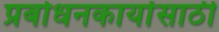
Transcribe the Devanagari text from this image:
प्रबोधनकार्यासाठी